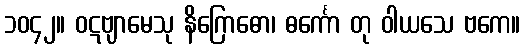
၁၀၄၂။ ဝဋဗျာမေသု နိဂြောဓော၊ ဓင်္ကော တု ဝါယသေ ဗကေ။